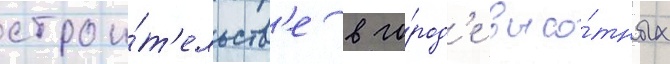
строи́т'ельств'е в го́род'е высо́тных